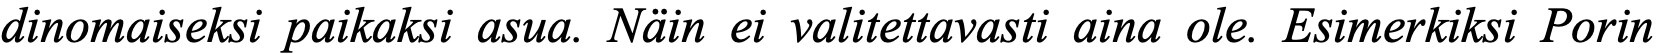
dinomaiseksi paikaksi asua. Näin ei valitettavasti aina ole. Esimerkiksi Porin